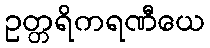
ဥတ္တရိကရဏီယေ